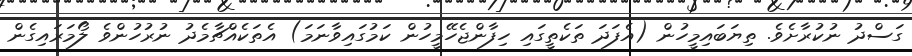
ގަސްދު ނުކުރާށެވެ. ތިޔަބައިމީހުން (އެފަދަ ތަކެތީގައި ހިފާންޖެހޭމީހުން ކަމުގައިވާނަމަ) އެތަކެއްޗާމެދު ނުރުހުންވެ ލޯމަރައިގެން